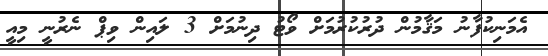
އެމަނިކުފާނު މަޤާމުން ދުރުކުރުމަށް ވޯޓު ދިނުމަށް 3 ލައިން ވިޕް ނެރުނީ މިއީ